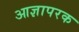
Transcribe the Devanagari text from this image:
आज्ञापरक